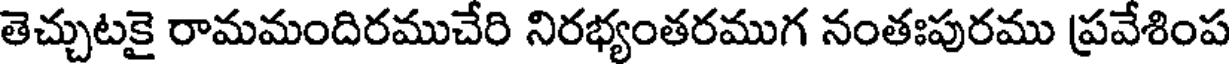
తెచ్చుటకై రామమందిరముచేరి నిరభ్యంతరముగ నంతఃపురము ప్రవేశింప